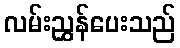
လမ်းညွှန်ပေးသည်